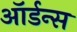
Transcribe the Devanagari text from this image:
ऑर्डन्स